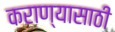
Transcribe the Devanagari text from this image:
कराण्यासाठी